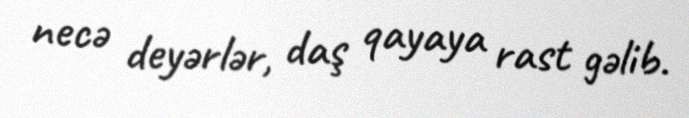
necə deyərlər, daş qayaya rast gəlib.